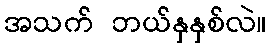
အသက် ဘယ်နှနှစ်လဲ။